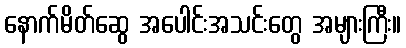
နောက်မိတ်ဆွေ အပေါင်းအသင်းတွေ အများကြီး။